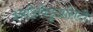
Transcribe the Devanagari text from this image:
इनडिविडुअलिटी